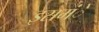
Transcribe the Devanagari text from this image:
इसमंे